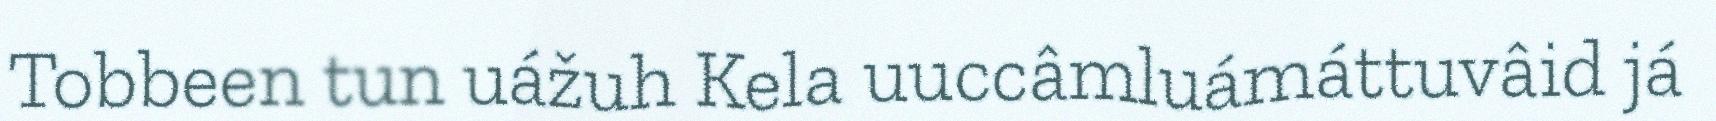
Tobbeen tun uážuh Kela uuccâmluámáttuvâid já